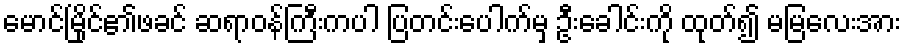
မောင်မြိုင်၏ဖခင် ဆရာဝန်ကြီးကပါ ပြတင်းပေါက်မှ ဦးခေါင်းကို ထုတ်၍ မမြလေးအား